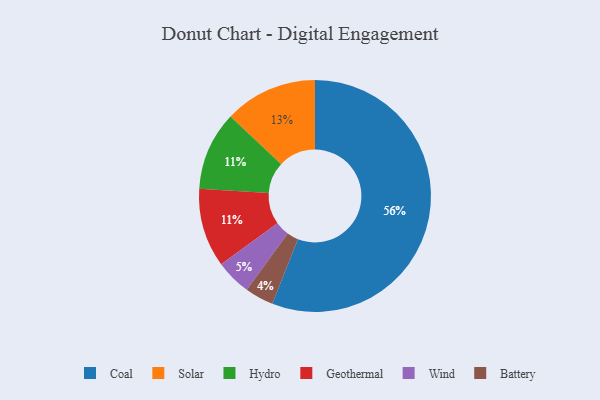
{"axis": {"x": "Category", "y": "Percentage"}, "legend": ["Battery", "Coal", "Geothermal", "Hydro", "Solar", "Wind"], "data": [{"x": "Hydro", "y": 11, "type": "Hydro"}, {"x": "Geothermal", "y": 11, "type": "Geothermal"}, {"x": "Wind", "y": 5, "type": "Wind"}, {"x": "Solar", "y": 13, "type": "Solar"}, {"x": "Coal", "y": 56, "type": "Coal"}, {"x": "Battery", "y": 4, "type": "Battery"}]}